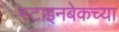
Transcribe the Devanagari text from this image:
स्टाइनबेकच्या